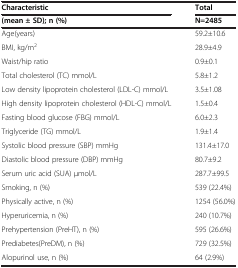
<table><thead><tr><td><b>Characteristic</b></td><td><b>Total</b></td></tr><tr><td><b>(mean ± SD); n (%)</b></td><td><b>N=2485</b></td></tr></thead><tbody><tr><td>Age(years)</td><td>59.2±10.6</td></tr><tr><td>BMI, kg/m<sup>2</sup></td><td>28.9±4.9</td></tr><tr><td>Waist/hip ratio</td><td>0.9±0.1</td></tr><tr><td>Total cholesterol (TC) mmol/L</td><td>5.8±1.2</td></tr><tr><td>Low density lipoprotein cholesterol (LDL-C) mmol/L</td><td>3.5±1.08</td></tr><tr><td>High density lipoprotein cholesterol (HDL-C) mmol/L</td><td>1.5±0.4</td></tr><tr><td>Fasting blood glucose (FBG) mmol/L</td><td>6.0±2.3</td></tr><tr><td>Triglyceride (TG) mmol/L</td><td>1.9±1.4</td></tr><tr><td>Systolic blood pressure (SBP) mmHg</td><td>131.4±17.0</td></tr><tr><td>Diastolic blood pressure (DBP) mmHg</td><td>80.7±9.2</td></tr><tr><td>Serum uric acid (SUA) μmol/L</td><td>287.7±99.5</td></tr><tr><td>Smoking, n (%)</td><td>539 (22.4%)</td></tr><tr><td>Physically active, n (%)</td><td>1254 (56.0%)</td></tr><tr><td>Hyperuricemia, n (%)</td><td>240 (10.7%)</td></tr><tr><td>Prehypertension (PreHT), n (%)</td><td>595 (26.6%)</td></tr><tr><td>Prediabetes(PreDM), n (%)</td><td>729 (32.5%)</td></tr><tr><td>Alopurinol use, n (%)</td><td>64 (2.9%)</td></tr></tbody></table>